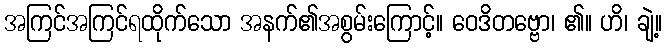
အကြင်အကြင်ရထိုက်သော အနက်၏အစွမ်းကြောင့်။ ဝေဒိတဗ္ဗော၊ ၏။ ဟိ၊ ချဲ့။